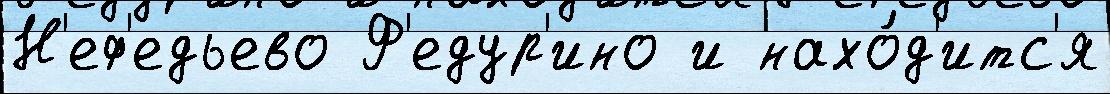
Н'еф'едьево Ф'едур'ино и нахо́д'итс'я